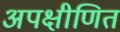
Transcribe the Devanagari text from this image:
अपक्षीणित